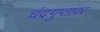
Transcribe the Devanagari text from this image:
चंद्रगुप्तावर